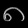
Digit: ၈